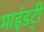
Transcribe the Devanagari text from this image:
माइंडट्री